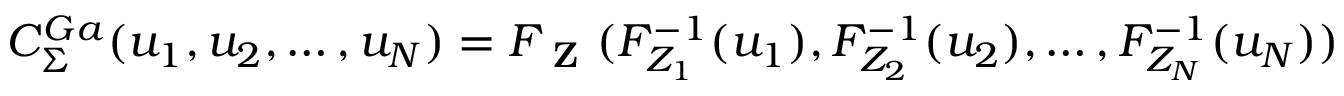
C _ { \Sigma } ^ { G a } ( u _ { 1 } , u _ { 2 } , \dotsc , u _ { N } ) = F _ { \textbf { Z } } ( F _ { Z _ { 1 } } ^ { - 1 } ( u _ { 1 } ) , F _ { Z _ { 2 } } ^ { - 1 } ( u _ { 2 } ) , \dotsc , F _ { Z _ { N } } ^ { - 1 } ( u _ { N } ) )